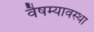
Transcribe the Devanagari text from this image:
वैषम्यावस्था